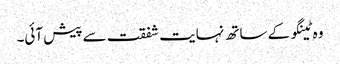
وہ ٹینگو کے ساتھ نہایت شفقت سے پیش آئی۔